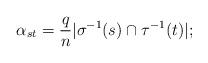
LaTeX: \begin{align*} \alpha_{st} = \frac qn |\sigma^{-1}(s) \cap \tau^{-1}(t)|;\end{align*}